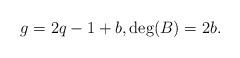
LaTeX: \begin{align*}g=2q-1+b, \deg(B)=2b.\end{align*}